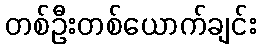
တစ်ဦးတစ်ယောက်ချင်း